Report on vaccination in the Province of Bengal - 1869-1873
Year: 1869
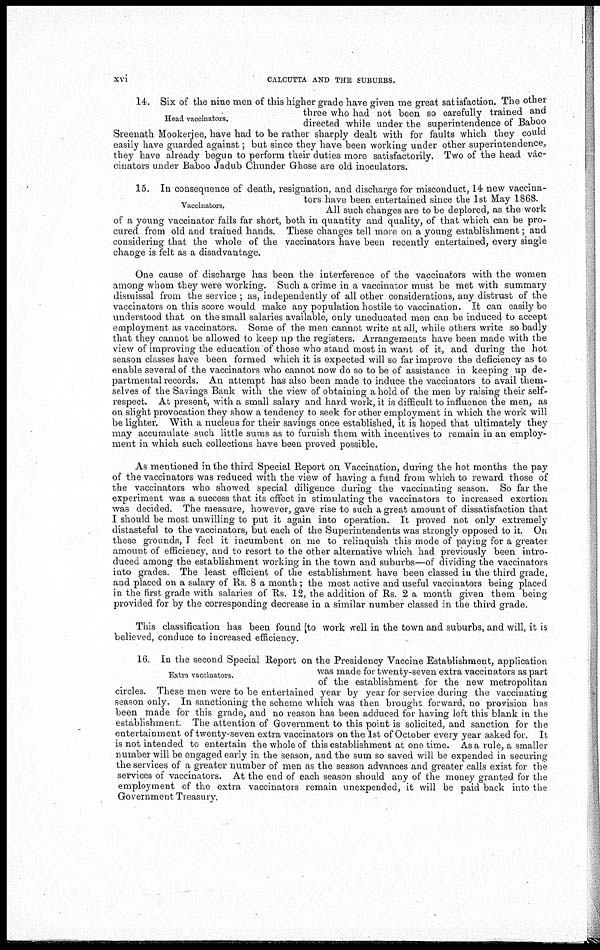
xvi
CALCUTTA AND THE SUBURBS.
Head vaccinators.
14. Six of the nine men of this higher grade have given me great satisfaction. The other
three who had not been so carefully trained and
directed while under the superintendence of Baboo
Sreenath Mookerjee, have had to be rather sharply dealt with for faults which they could
easily have guarded against; but since they have been working under other superintendence,
they have already begun to perform their duties more satisfactorily. Two of the head vac-
cinators under Baboo Jadub Chunder Ghose are old inoculators.
Vaccinators.
15. In consequence of death, resignation, and discharge for misconduct, 14 new vaccina-
tors have been entertained since the 1st May 1868.
All such changes are to be deplored, as the work
of a young vaccinator falls far short, both in quantity and quality, of that which can be pro-
cured from old and trained hands. These changes tell more on a young establishment; and
considering that the whole of the vaccinators have been recently entertained, every single
change is felt as a disadvantage.
One cause of discharge has been the interference of the vaccinators with the women
among whom they were working. Such a crime in a vaccinator must be met with summary
dismissal from the service ; as, independently of all other considerations, any distrust of the
vaccinators on this score would make any population hostile to vaccination. It can easily be
understood that on the small salaries available, only uneducated men can be induced to accept
employment as vaccinators. Some of the men cannot write at all, while others write so badly
that they cannot be allowed to keep up the registers. Arrangements have been made with the
view of improving the education of those who stand most in want of it, and during the hot
season classes have been formed which it is expected will so far improve the deficiency as to
enable several of the vaccinators who cannot now do so to be of assistance in keeping up de-
partmental records. An attempt has also been made to induce the vaccinators to avail them-
selves of the Savings Bank with the view of obtaining a hold of the men by raising their self-
respect. At present, with a small salary and hard work, it is difficult to influence the men, as
on slight provocation they show a tendency to seek for other employment in which the work will
be lighter. With a nucleus for their savings once established, it is hoped that ultimately they
may accumulate such little sums as to furnish them with incentives to remain in an employ-
ment in which such collections have been proved possible.
As mentioned in the third Special Report on Vaccination, during the hot months the pay
of the vaccinators was reduced with the view of having a fund from which to reward those of
the vaccinators who showed special diligence during the vaccinating season. So far the
experiment was a success that its effect in stimulating the vaccinators to increased exertion
was decided. The measure, however, gave rise to such a great amount of dissatisfaction that
I should be most unwilling to put it again into operation. It proved not only extremely
distasteful to the vaccinators, but each of the Superintendents was strongly opposed to it. On
these grounds, I feel it incumbent on me to relinquish this mode of paying for a greater
amount of efficiency, and to resort to the other alternative which had previously been intro-
duced among the establishment working in the town and suburbs—of dividing the vaccinators
into grades. The least efficient of the establishment have been classed in the third grade,
and placed on a salary of Rs. 8 a month ; the most active and useful vaccinators being placed
in the first grade with salaries of Rs. 12, the addition of Rs. 2 a month given them being
provided for by the corresponding decrease in a similar number classed in the third grade.
This classification has been found to work well in the town and suburbs, and will, it is
believed, conduce to increased efficiency.
Extra vaccinators.
16. In the second Special Report on the Presidency Vaccine Establishment, application
was made for twenty-seven extra vaccinators as part
of the establishment for the new metropolitan
circles. These men were to be entertained year by year for service during the vaccinating
season only. In sanctioning the scheme which was then brought forward, no provision has
been made for this grade, and no reason has been adduced for having left this blank in the
establishment The attention of Government to this point is solicited, and sanction for the
entertainment of twenty-seven extra vaccinators on the 1st of October every year asked for. It
is not intended to entertain the whole of this establishment at one time. As a rule, a smaller
number will be engaged early in the season, and the sum so saved will be expended in securing
the services of a greater number of men as the season advances and greater calls exist for the
services of vaccinators. At the end of each season should any of the money granted for the
employment of the extra vaccinators remain unexpended, it will be paid back into the
Government Treasury.